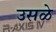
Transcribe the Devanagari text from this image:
उसळे